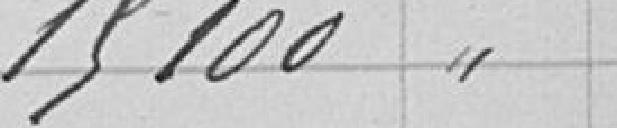
15100"